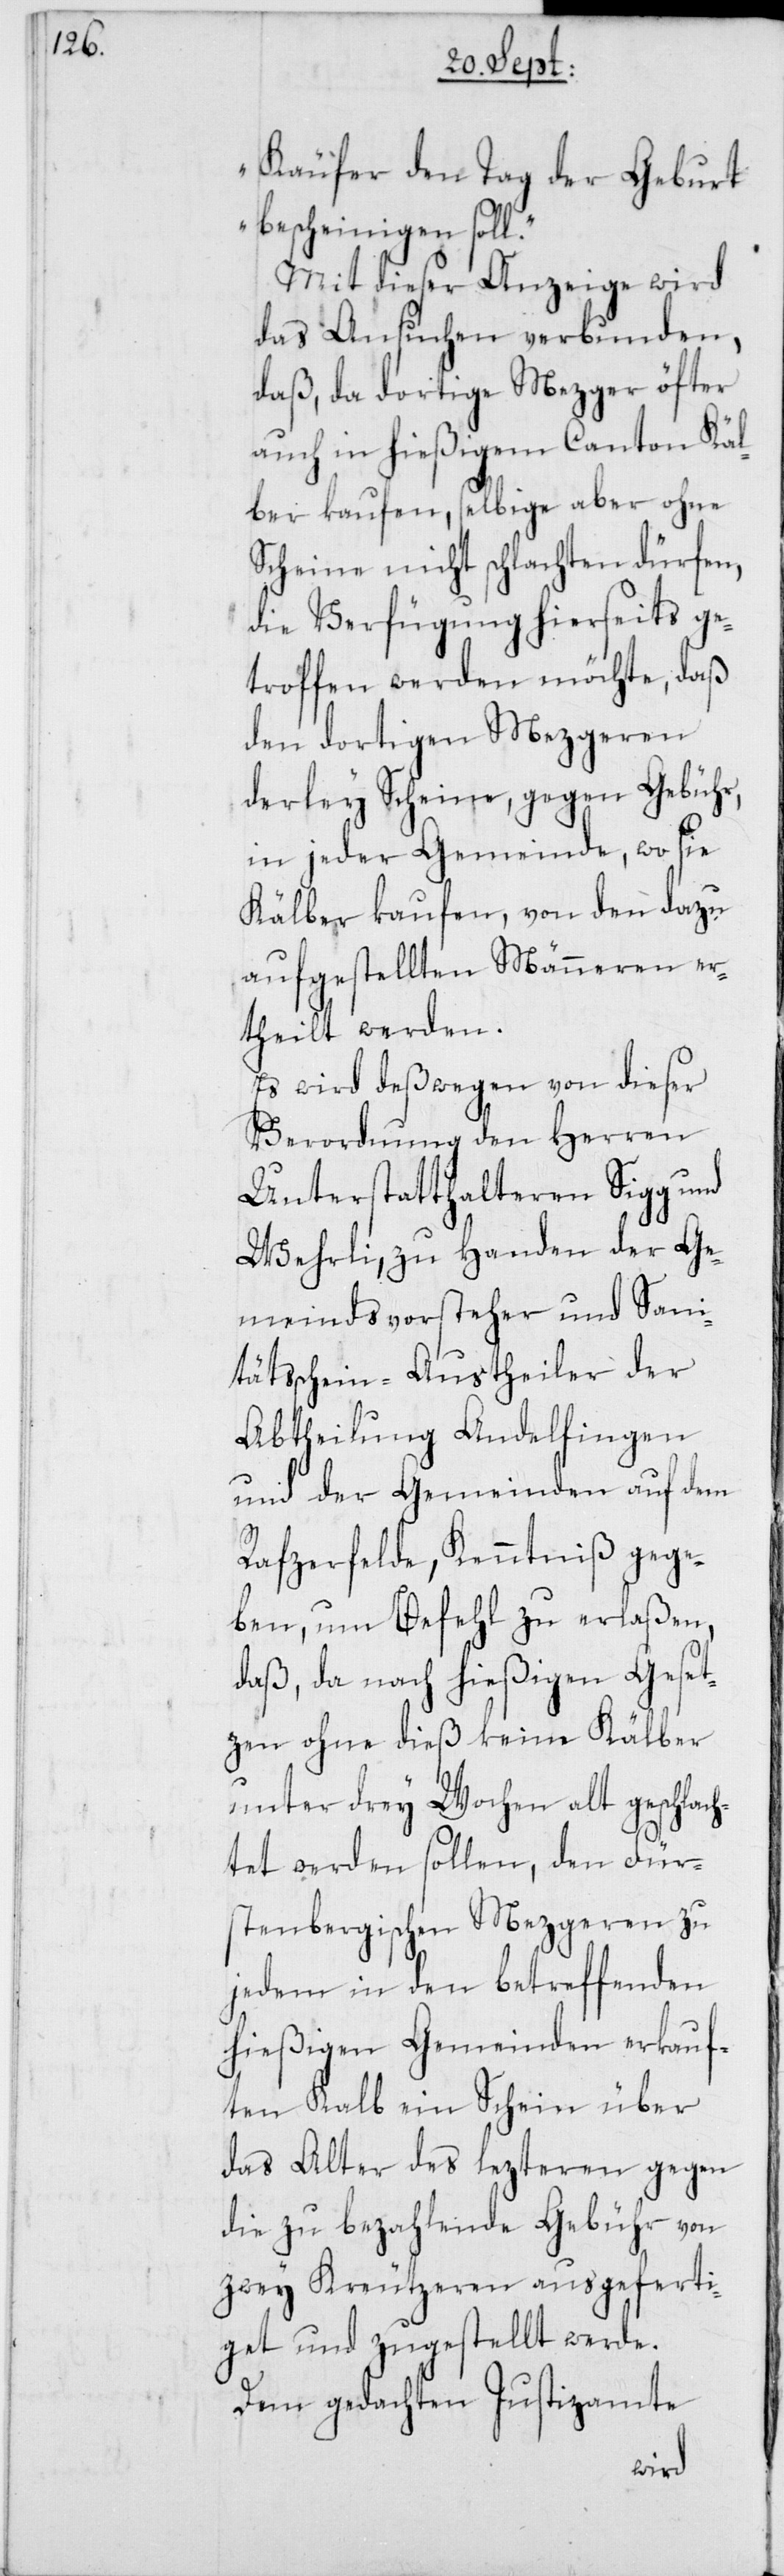
Käufer den Tag der Geburt
bescheinigen soll“.
Mit dieser Anzeige wird
das Ansuchen verbunden,
daß, da dortige Mezger öfter
auch in hießigem Canton Käl¬
ber kaufen, selbige aber ohne
Scheine nicht schlachten dürfen,
die Verfügung hierseits ge¬
troffen werden möchte, daß
den dortigen Mezgeren
derley Scheine, gegen Gebühr,
in jeder Gemeinde, wo sie
Kälber kaufen, von den dazu
aufgestellten Männeren er¬
theilt werden.
Es wird deßwegen von dieser
Verordnung den Herren
Unterstatthalteren Sigg und
Wehrli, zu Handen der Ge¬
meindsvorsteher und Sani¬
tätsschein-Austheiler der
Abtheilung Andelfingen
und der Gemeinden auf dem
Rafzerfelde, Kenntniß gege¬
ben, um Befehl zu erlaßen,
daß, da nach hießigem Geset¬
zen ohne dieß keine Kälber
unter drey Wochen alt geschlac¬
htet werden sollen, den Fürs¬
tenbergischen Mezgeren zu
jedem in den betreffenden
hießigen Gemeinden verkauf¬
ten Kalb ein Schein über
das Alter des lezteren gegen
die zu bezahlende Gebühr von
zwey Kreutzeren ausgeferti¬
get und zugestellt werde.
Dem gedachten Justizamte